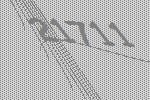
21711